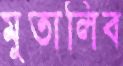
মুতালিব